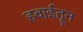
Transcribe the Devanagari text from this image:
हवाईतून